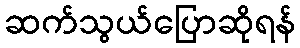
ဆက်သွယ်ပြောဆိုရန်